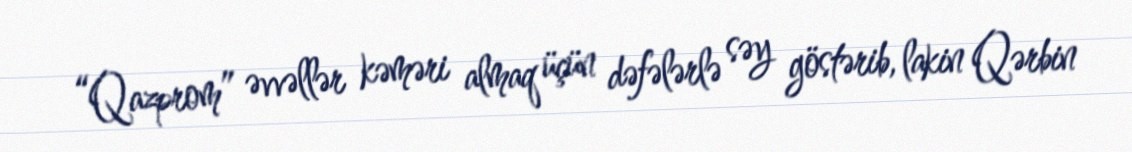
“Qazprom” əvvəllər kəməri almaq üçün dəfələrlə səy göstərib, lakin Qərbin